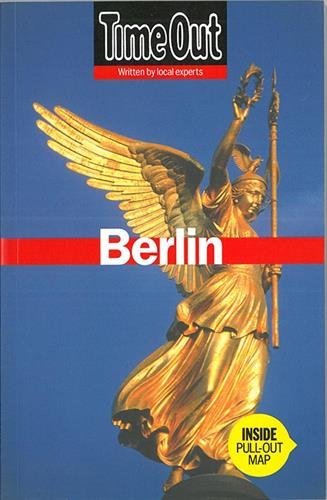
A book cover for Time Out Berlin (Time Out Guides); Travel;